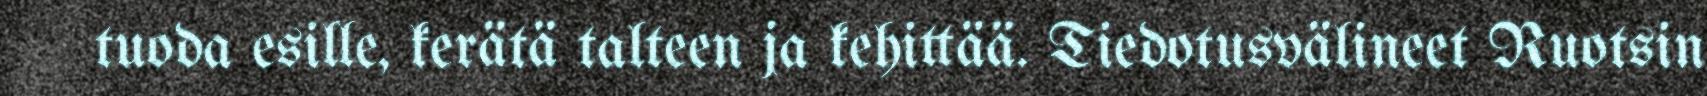
tuoda esille, kerätä talteen ja kehittää. Tiedotusvälineet Ruotsin